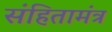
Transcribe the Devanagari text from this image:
संहितामंत्र